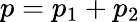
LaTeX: p=p_{1}+p_{2}